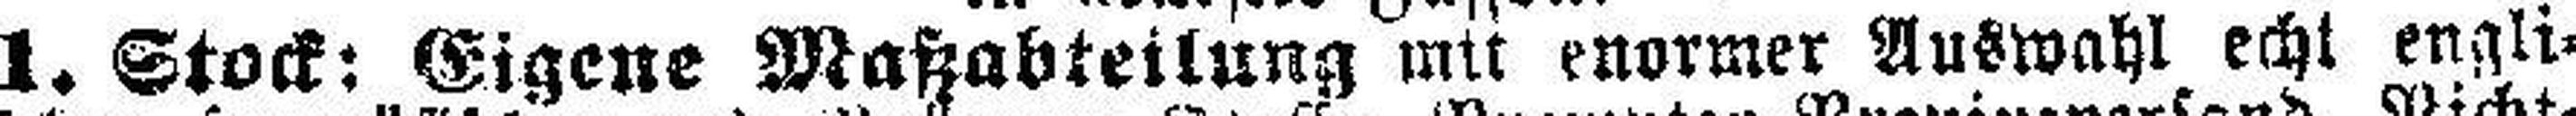
1. Stock: Eigene Matzabteilung mit enormer Auswahl echt engli¬